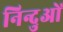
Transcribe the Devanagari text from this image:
निन्दुओं